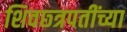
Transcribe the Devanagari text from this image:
शिवछ्त्रपतींच्या